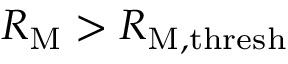
R _ { \mathrm { M } } > R _ { \mathrm { M } , \mathrm { t h r e s h } }